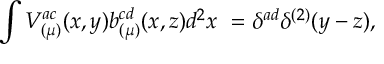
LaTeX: \int V _ { ( \mu ) } ^ { a c } ( x , y ) b _ { ( \mu ) } ^ { c d } ( x , z ) d ^ { 2 } x ~ = \delta ^ { a d } \delta ^ { ( 2 ) } ( y - z ) ,